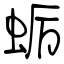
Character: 蛎